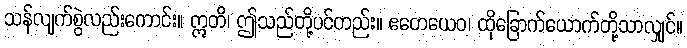
သန်လျက်စွဲလည်းကောင်း။ ဣတိ၊ ဤသည်တို့ပင်တည်း။ ဧတေယေဝ၊ ထိုခြောက်ယောက်တို့သာလျှင်။